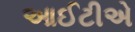
આઈટીએ